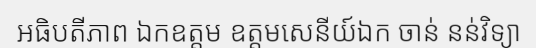
អធិបតីភាព ឯកឧត្តម ឧត្តមសេនីយ៍ឯក ចាន់ នន់វិទ្យា